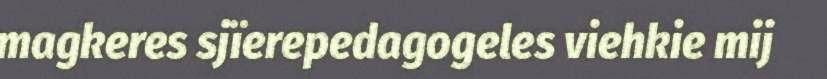
magkeres sjïerepedagogeles viehkie mij